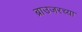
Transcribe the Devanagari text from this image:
ब्राउजरच्या